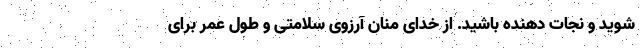
شوید و نجات دهنده باشید. از خدای منان آرزوی سلامتی و طول عمر برای